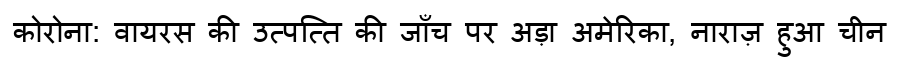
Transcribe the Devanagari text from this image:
कोरोना: वायरस की उत्पत्ति की जाँच पर अड़ा अमेरिका, नाराज़ हुआ चीन